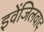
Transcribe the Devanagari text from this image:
इवेंजिलवाद